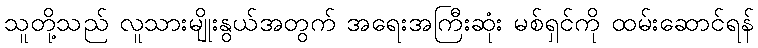
သူတို့သည် လူသားမျိုးနွယ်အတွက် အရေးအကြီးဆုံး မစ်ရှင်ကို ထမ်းဆောင်ရန်